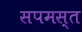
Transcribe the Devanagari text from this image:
सपमस्त